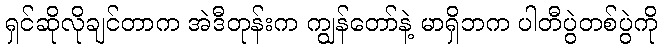
ရှင်ဆိုလိုချင်တာက အဲဒီတုန်းက ကျွန်တော်နဲ့ မာရှိဘက ပါတီပွဲတစ်ပွဲကို